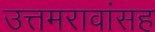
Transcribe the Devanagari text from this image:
उत्तमरावांसह